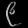
Digit: ၉